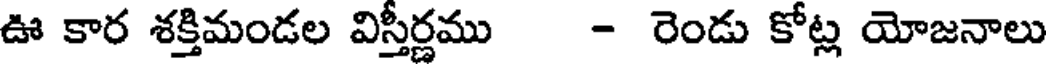
ఊ కార శక్తిమండల విస్తీర్ణము - రెండు కోట్ల యోజనాలు